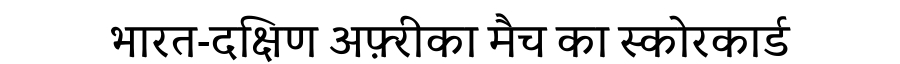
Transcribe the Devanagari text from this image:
भारत-दक्षिण अफ़्रीका मैच का स्कोरकार्ड